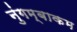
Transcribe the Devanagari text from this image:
नुंगम्बाकम